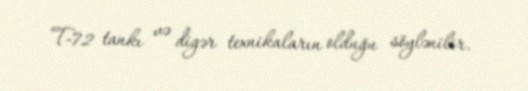
T-72 tankı və digər texnikaların olduğu söylənilir.